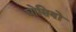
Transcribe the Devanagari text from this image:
घोसियों